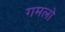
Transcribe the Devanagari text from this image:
गमलो